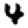
Digit: 4